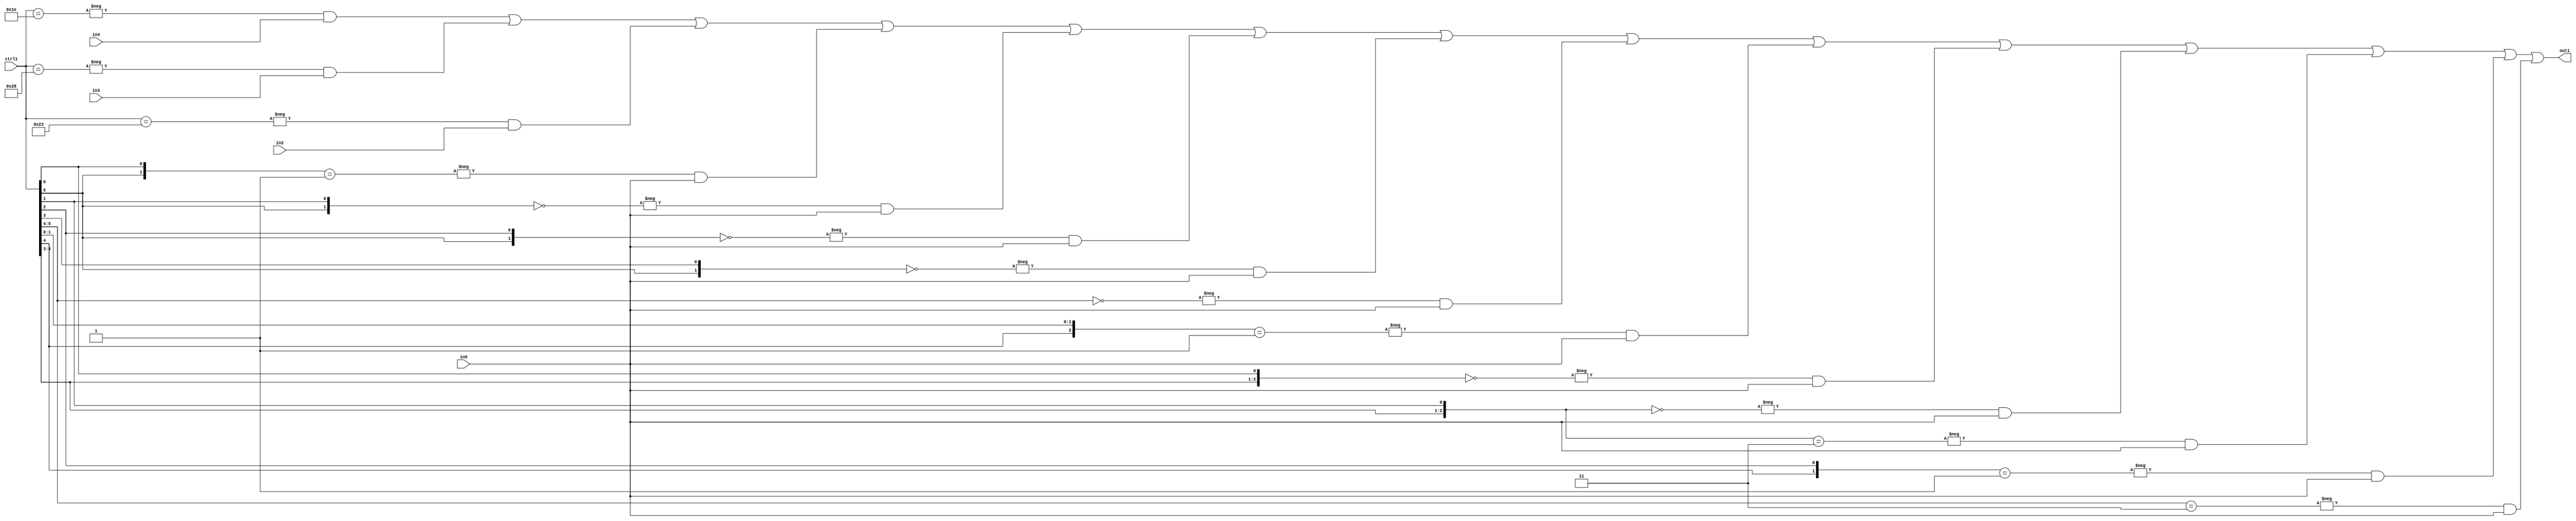
`timescale 1ps / 1ps
/*****************************************************************************
    Verilog RTL Description
    
    
    Created by: Stratus DpOpt 21.05.01 
*******************************************************************************/

module SobelFilter_N_Mux_32_4_32_4 (
	in5,
	in4,
	in3,
	in2,
	ctrl1,
	out1
	); /* architecture "behavioural" */ 
input [31:0] in5;
input [8:0] in4,
	in3,
	in2;
input [5:0] ctrl1;
output [31:0] out1;
wire [31:0] asc001;

assign asc001 = 
	-{ctrl1 == 6'B011110} & in4 |
	-{ctrl1 == 6'B101000} & in3 |
	-{ctrl1 == 6'B100011} & in2 |
	-{{ctrl1[5], ctrl1[0]} == 2'B01} & in5 |
	-{{ctrl1[5], ctrl1[1]} == 2'B00} & in5 |
	-{{ctrl1[5], ctrl1[2]} == 2'B00} & in5 |
	-{{ctrl1[5], ctrl1[3]} == 2'B00} & in5 |
	-{ctrl1[5:4] == 2'B00} & in5 |
	-{{ctrl1[4], ctrl1[1:0]} == 3'B001} & in5 |
	-{{ctrl1[4:3], ctrl1[0]} == 3'B000} & in5 |
	-{{ctrl1[4:3], ctrl1[1]} == 3'B000} & in5 |
	-{{ctrl1[4:3], ctrl1[1]} == 3'B011} & in5 |
	-{{ctrl1[4], ctrl1[2]} == 2'B01} & in5 |
	-{ctrl1[5:4] == 2'B11} & in5 ;

assign out1 = asc001;
endmodule

/* CADENCE  vLf4Sws= : u9/ySxbfrwZIxEzHVQQV8Q== ** DO NOT EDIT THIS LINE ******/